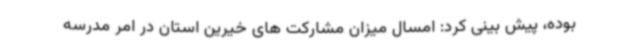
بوده‌، پیش بینی کرد: امسال میزان مشارکت های خیرین استان در امر مدرسه